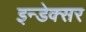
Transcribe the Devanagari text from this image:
इन्डेक्सर